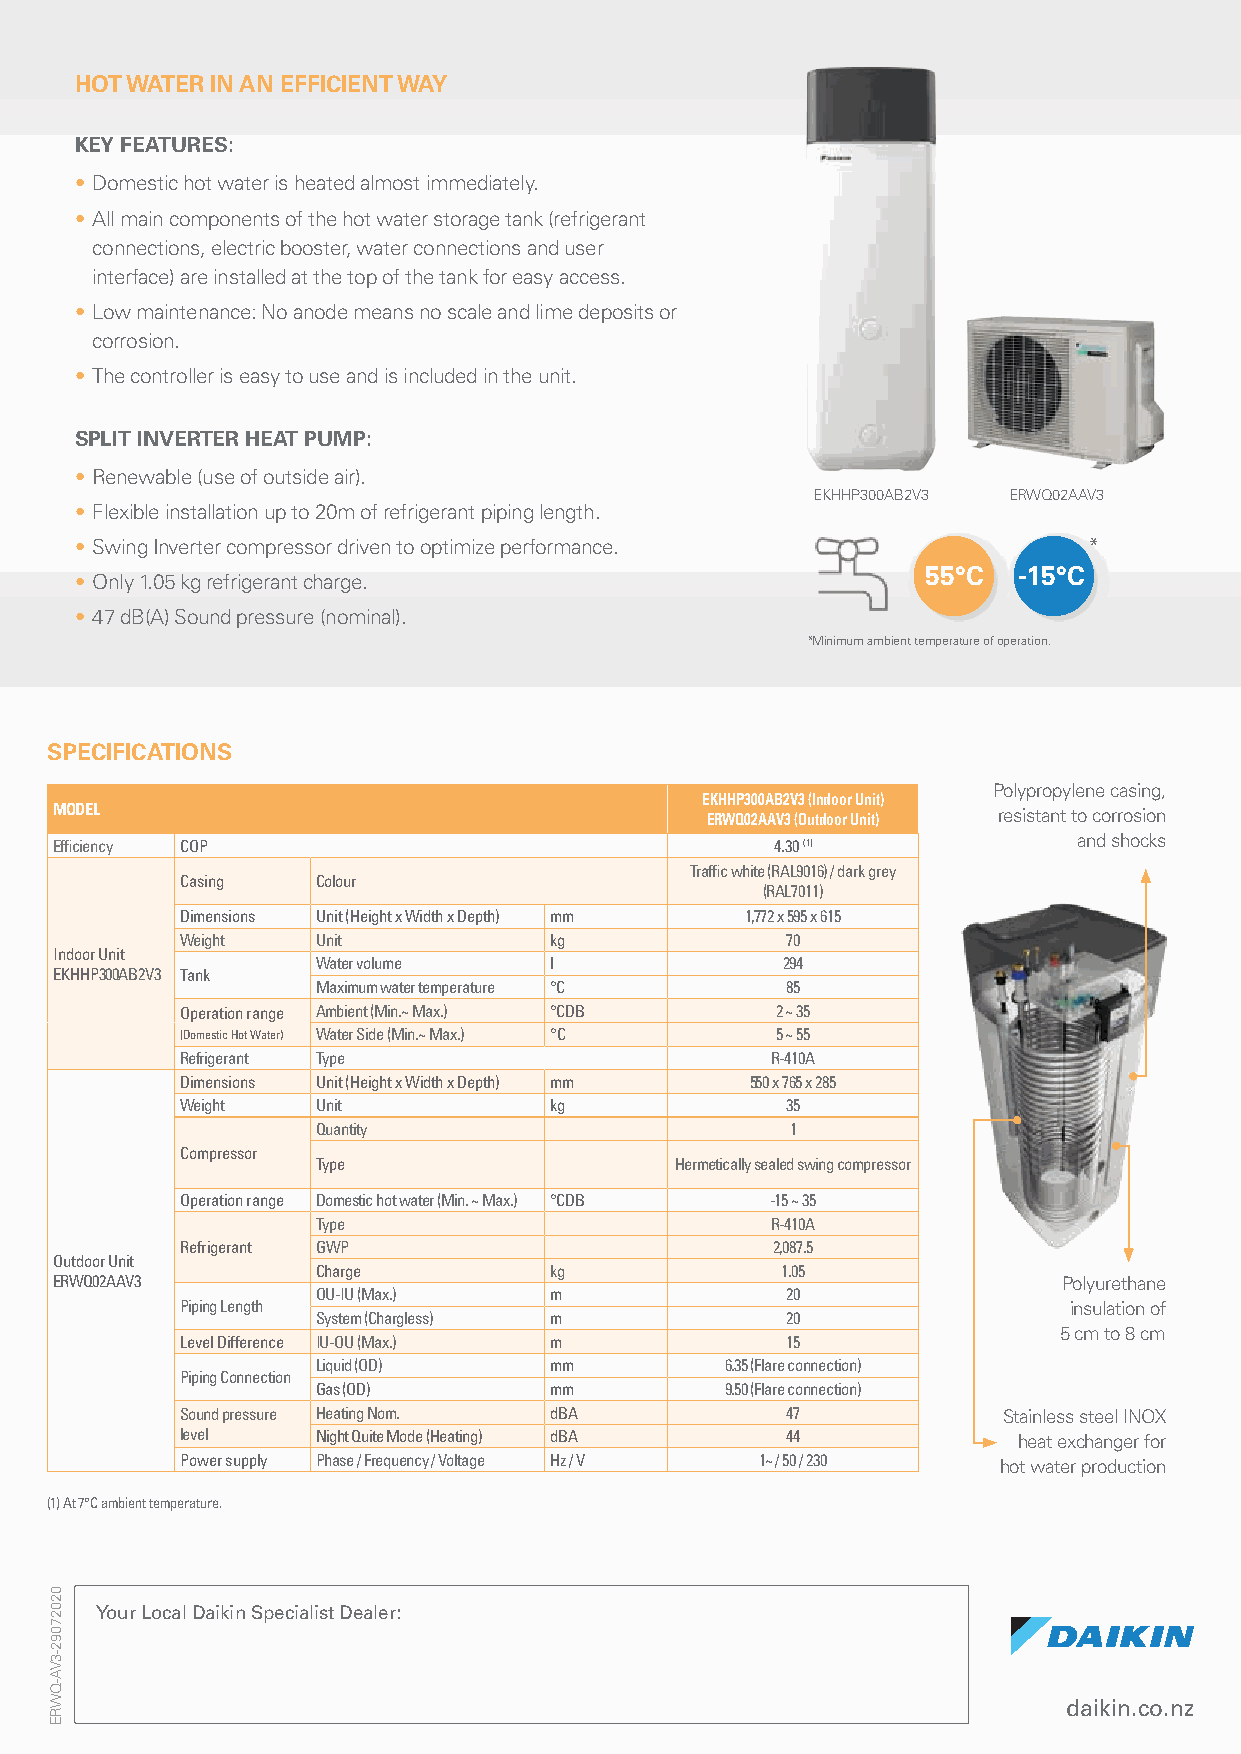
HOT WATER IN AN EFFICIENT WAY
 KEY FEATURES:
 • Domestic hot water is heated almost immediately.
 • All main components of the hot water storage tank (refrigerant
 connections, electric booster, water connections and user
 interface) are installed at the top of the tank for easy access.
 • Low maintenance: No anode means no scale and lime deposits or
 corrosion.
 • The controller is easy to use and is included in the unit.
 SPLIT INVERTER HEAT PUMP:
 • Renewable (use of outside air).
 EKHHP300AB2V3 ERWQ02AAV3
 • Flexible installation up to 20m of refrigerant piping length.
 • Swing Inverter compressor driven to optimize performance.        *
 55°C  -15°C
 • Only 1.05 kg refrigerant charge.
 • 47 dB(A) Sound pressure (nominal).
 *Minimum ambient temperature of operation.
 SPECIFICATIONS
 Polypropylene casing,
 EKHHP300AB2V3 (Indoor Unit)
 MODEL                                      ERWQ02AAV3 (Outdoor Unit) resistant to corrosion
 Efficiency COP                                 4.30 (1)            and shocks
 Traffic white (RAL9016) / dark grey
 Casing   Colour
 (RAL7011)
 Dimensions Unit (Height x Width x Depth) mm 1,772 x 595 x 615
 Weight   Unit           kg              70
 Indoor Unit
 Water volume   l               294
 EKHHP300AB2V3 Tank
 Maximum water temperature °C   85
 Operation range Ambient (Min.~ Max.) °CDB 2 ~ 35
 (Domestic Hot Water) Water Side (Min.~ Max.) °C 5 ~ 55
 Refrigerant Type                       R-410A
 Dimensions Unit (Height x Width x Depth) mm 550 x 765 x 285
 Weight   Unit           kg              35
 Quantity                       1
 Compressor
 Type                    Hermetically sealed swing compressor
 Operation range Domestic hot water (Min. ~ Max.) °CDB -15 ~ 35
 Type                          R-410A
 Refrigerant GWP                        2,087.5
 Outdoor Unit
 Charge         kg              1.05
 ERWQ02AAV3                                                        Polyurethane
 OU-IU (Max.)   m               20
 Piping Length                                              insulation of
 System (Chargless) m           20
 5 cm to 8 cm
 Level Difference IU-OU (Max.) m         15
 Liquid (OD)    mm          6.35 (Flare connection)
 Piping Connection
 Gas (OD)       mm          9.50 (Flare connection)
 Sound pressure Heating Nom. dBA         47            Stainless steel INOX
 level    Night Quite Mode (Heating) dBA 44             heat exchanger for
 Power supply Phase / Frequency / Voltage Hz / V 1~ / 50 / 230 hot water production
 (1) At 7°C ambient temperature.
 Your Local Daikin Specialist Dealer:
 daikin.co.nz
 02027092-3VA-QWRE